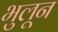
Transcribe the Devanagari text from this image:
भुलून